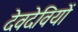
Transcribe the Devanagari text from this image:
देवदेवियों